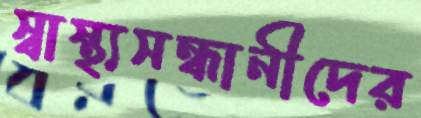
স্বাস্থ্যসন্ধানীদের